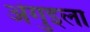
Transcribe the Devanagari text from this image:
अंगुइला